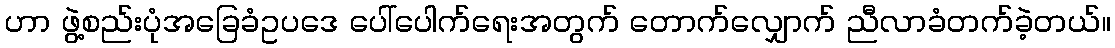
ဟာ ဖွဲ့စည်းပုံအခြေခံဥပဒေ ပေါ်ပေါက်ရေးအတွက် တောက်လျှောက် ညီလာခံတက်ခဲ့တယ်။